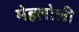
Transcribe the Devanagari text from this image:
मेहलोली